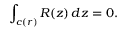
\int _ { c ( r ) } R ( z ) \, d z = 0 .